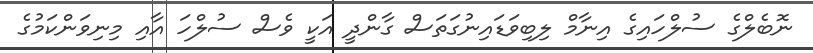
ނޮބެލްގެ ސުލްހައިގެ އިނާމް ލިބިވަޑައިނުގަތަސް ގާންދީ އަކީ ވެސް ސުލްހަ އާއި މިނިވަންކަމުގެ